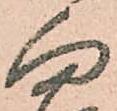
向